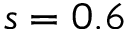
s = 0 . 6